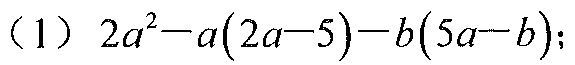
（1）\(2a^{2}-a(2a - 5)-b(5a - b)\)；